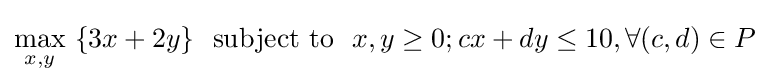
\max _{x,y}\ \{3x+2y\}\ \ \mathrm {subject\ to} \ \ x,y\geq 0;cx+dy\leq 10,\forall (c,d)\in P